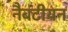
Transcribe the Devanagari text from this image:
नैबटीयन